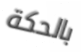
بالحكة